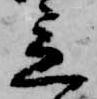
立